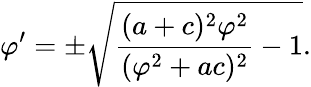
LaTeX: \varphi^{\prime}=\pm\sqrt{\frac{(a+c)^{2}\varphi^{2}}{(\varphi^{2}+ac)^{2}}-1}.